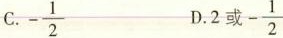
C. - \frac{1}{2} D. 2或- \frac{1}{2}